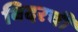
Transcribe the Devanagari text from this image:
बिदरची